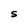
Character: S